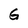
Character: G